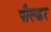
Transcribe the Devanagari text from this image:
पौल्डर